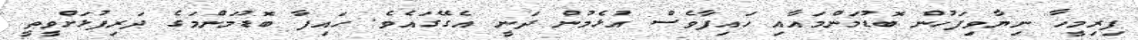
ފިރިމީހާ ނިޔާވިފަހުން ބޮޑުމަންމައާއި ހައިފާވެސް އުޅެމުން ދަނީ އެގޭގައެވެ. ހައިފާ ބޮޑުމަންމަގެ ދަރިފުޅަށްވީތީ